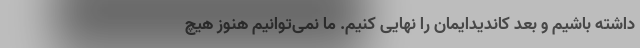
داشته باشیم و بعد کاندیدایمان را نهایی کنیم. ما نمی‌توانیم هنوز هیچ